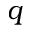
q